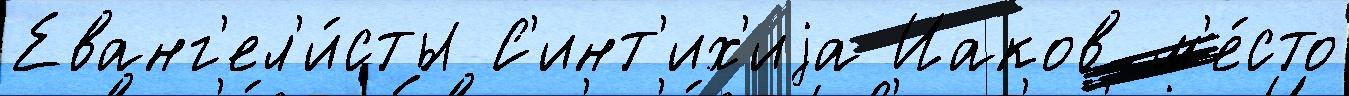
Еванг'ел'и́сты С'инт'их'иjа Иаков м'е́сто